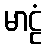
မာဠံ